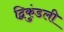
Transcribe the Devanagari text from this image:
द्विकुंडली